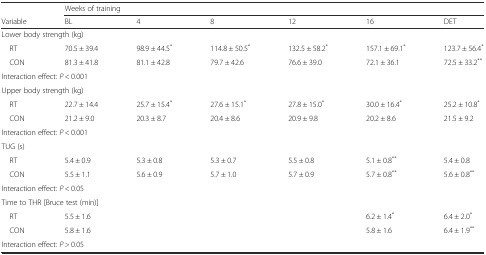
|  | <COLSPAN=6> Weeks of training |
 | Variable | BL | 4 | 8 | 12 | 16 | DET |
 | --- | --- | --- | --- | --- | --- | --- |
 | <COLSPAN=7> Lower body strength (kg) |
 | RT | 70.5 ± 39.4 | 98.9 ± 44.5* | 114.8 ± 50.5* | 132.5 ± 58.2* | 157.1 ± 69.1* | 123.7 ± 56.4* |
 | CON | 81.3 ± 41.8 | 81.1 ± 42.8 | 79.7 ± 42.6 | 76.6 ± 39.0 | 72.1 ± 36.1 | 72.5 ± 33.2** |
 | <COLSPAN=7> Interaction effect: P < 0.001 |
 | <COLSPAN=7> Upper body strength (kg) |
 | RT | 22.7 ± 14.4 | 25.7 ± 15.4* | 27.6 ± 15.1* | 27.8 ± 15.0* | 30.0 ± 16.4* | 25.2 ± 10.8* |
 | CON | 21.2 ± 9.0 | 20.3 ± 8.7 | 20.4 ± 8.6 | 20.9 ± 9.8 | 20.2 ± 8.6 | 21.5 ± 9.2 |
 | <COLSPAN=7> Interaction effect: P < 0.001 |
 | <COLSPAN=7> TUG (s) |
 | RT | 5.4 ± 0.9 | 5.3 ± 0.8 | 5.3 ± 0.7 | 5.5 ± 0.8 | 5.1 ± 0.8** | 5.4 ± 0.8 |
 | CON | 5.5 ± 1.1 | 5.6 ± 0.9 | 5.7 ± 1.0 | 5.7 ± 0.9 | 5.7 ± 0.8** | 5.6 ± 0.8** |
 | <COLSPAN=7> Interaction effect: P < 0.05 |
 | <COLSPAN=7> Time to THR [Bruce test (min)] |
 | RT | 5.5 ± 1.6 |  |  |  | 6.2 ± 1.4* | 6.4 ± 2.0* |
 | CON | 5.8 ± 1.6 |  |  |  | 5.8 ± 1.6 | 6.4 ± 1.9** |
 | <COLSPAN=7> Interaction effect: P > 0.05 |